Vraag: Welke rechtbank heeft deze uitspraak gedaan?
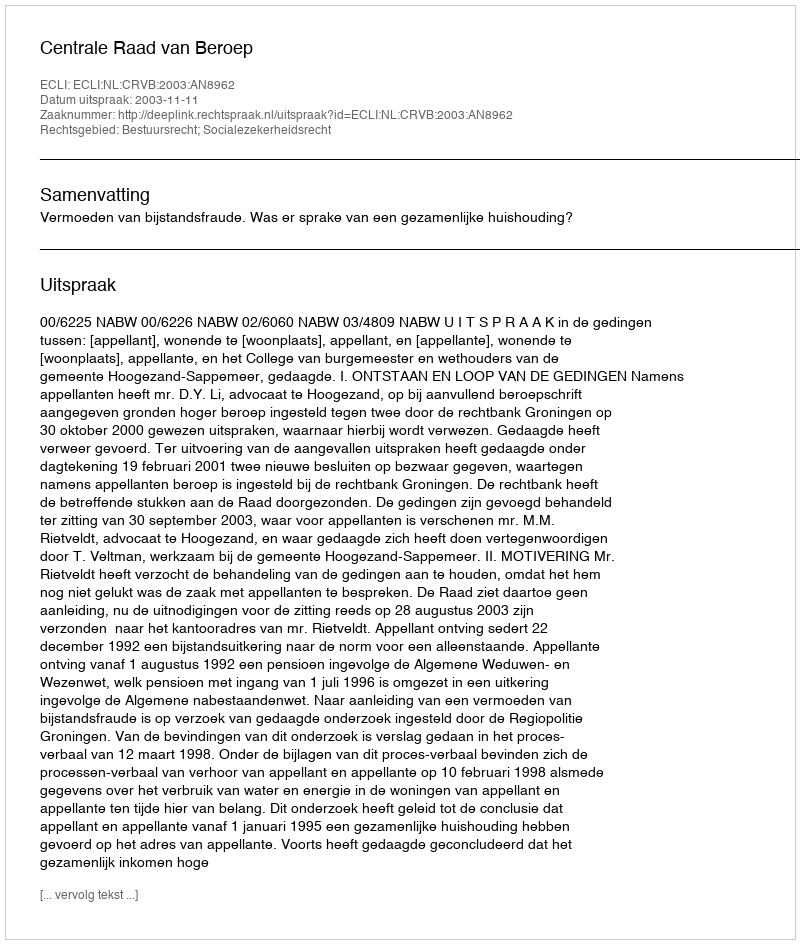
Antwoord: Centrale Raad van Beroep